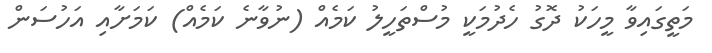
މަތީގައިވާ މީހަކު ދޮގު ހެދުމަކީ މުސްތަހީލު ކަމެއް (ނުވާނެ ކަމެއް) ކަމަށާއި އަހުސަން